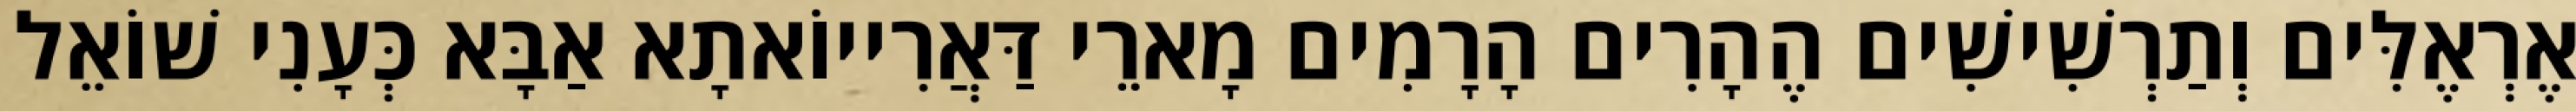
אֶרְאֶלִּים וְתַרְשִׁישִׁים הֶהָרִים הָרָמִים מָארֵי דַּאֲרִייוֹאתָא אַבָּא כְּעָנִי שׁוֹאֵל